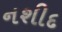
નશીદ